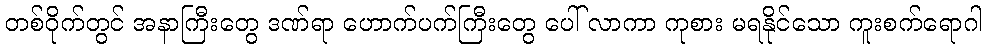
တစ်ဝိုက်တွင် အနာကြီးတွေ ဒဏ်ရာ ဟောက်ပက်ကြီးတွေ ပေါ် လာကာ ကုစား မရနိုင်သော ကူးစက်ရောဂါ